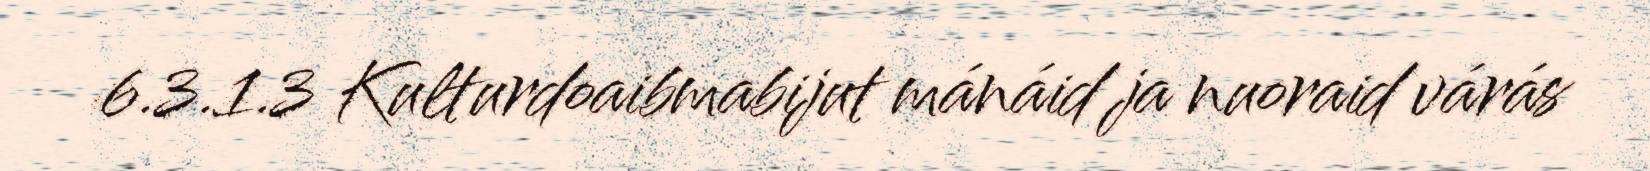
6.3.1.3 Kulturdoaibmabijut mánáid ja nuoraid várás